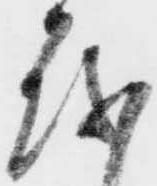
越